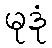
မုဒုံ